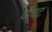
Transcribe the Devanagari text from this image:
दोघट